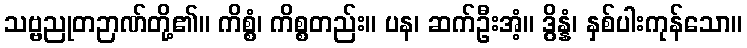
သဗ္ဗညုတဉာဏ်တို့၏။ ကိစ္စံ၊ ကိစ္စတည်း။ ပန၊ ဆက်ဦးအံ့။ ဒွိန္နံ၊ နှစ်ပါးကုန်သော။